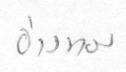
อ่างทอง